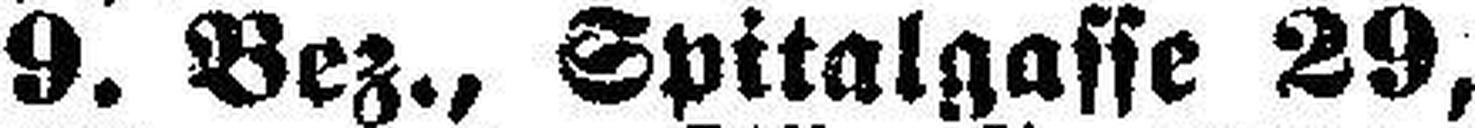
9. Bez., Spitalgasse 29,